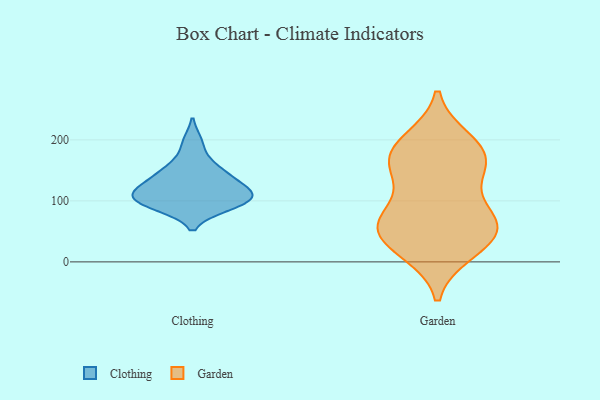
{"axis": {"x": "Shipments", "y": "Value"}, "legend": ["Clothing", "Garden"], "data": [{"x": "", "y": 196, "type": "Clothing"}, {"x": "", "y": 160, "type": "Clothing"}, {"x": "", "y": 92, "type": "Clothing"}, {"x": "", "y": 91, "type": "Clothing"}, {"x": "", "y": 116, "type": "Clothing"}, {"x": "", "y": 114, "type": "Clothing"}, {"x": "", "y": 105, "type": "Clothing"}, {"x": "", "y": 142, "type": "Clothing"}, {"x": "", "y": 99, "type": "Clothing"}, {"x": "", "y": 125, "type": "Clothing"}, {"x": "", "y": 144, "type": "Clothing"}, {"x": "", "y": 107, "type": "Clothing"}, {"x": "", "y": 200, "type": "Garden"}, {"x": "", "y": 75, "type": "Garden"}, {"x": "", "y": 185, "type": "Garden"}, {"x": "", "y": 143, "type": "Garden"}, {"x": "", "y": 44, "type": "Garden"}, {"x": "", "y": 17, "type": "Garden"}, {"x": "", "y": 165, "type": "Garden"}, {"x": "", "y": 162, "type": "Garden"}, {"x": "", "y": 48, "type": "Garden"}, {"x": "", "y": 192, "type": "Garden"}, {"x": "", "y": 16, "type": "Garden"}, {"x": "", "y": 65, "type": "Garden"}, {"x": "", "y": 51, "type": "Garden"}, {"x": "", "y": 84, "type": "Garden"}, {"x": "", "y": 64, "type": "Garden"}, {"x": "", "y": 150, "type": "Garden"}]}